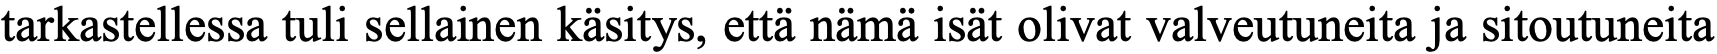
tarkastellessa tuli sellainen käsitys, että nämä isät olivat valveutuneita ja sitoutuneita